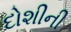
દોશીની